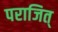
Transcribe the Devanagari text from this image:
पराजित्